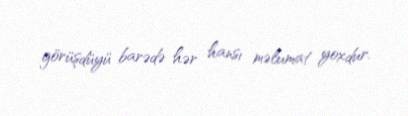
görüşdüyü barədə hər hansı məlumat yoxdur.